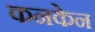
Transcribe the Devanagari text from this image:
कनकेन